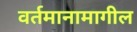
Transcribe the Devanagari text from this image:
वर्तमानामागील